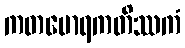
ကတမောရကတိဿကံ